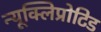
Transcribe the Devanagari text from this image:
न्यूक्लिप्रोटिड